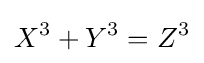
X^{3}+Y^{3}=Z^{3}